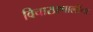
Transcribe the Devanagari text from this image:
विचारप्रणालींचा